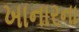
ખાનારના